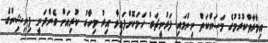
އިމާރާތްކުރުމުގެ މަސައްކަތް ނިންމައި ފަރުނީޗަރު ހަމަކޮށްފައިވާ އިރު މިހާރު ކުރިއަށް ގެންދަނީ ފިނިޝިންގެ